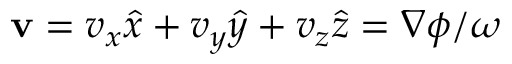
{ \bf v } = v _ { x } \hat { x } + v _ { y } \hat { y } + v _ { z } \hat { z } = \nabla \phi / \omega